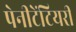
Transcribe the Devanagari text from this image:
पेनीटेंटियरी